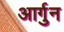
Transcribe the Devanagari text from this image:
आर्गुन